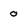
Character: o